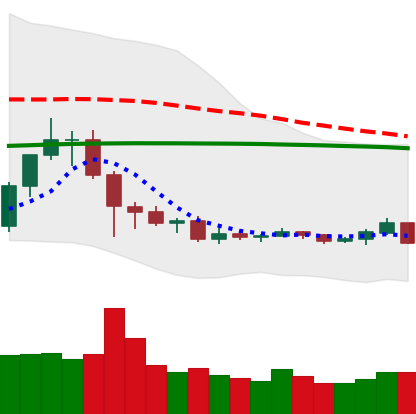
Ticker: TRX-USD
Chart end date: 2019-08-06
Forward return: -4.398%
Label: down_3_5